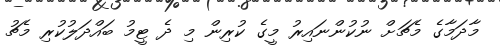
މާދަމާގެ މެޗަށް ނުކުންނައިރު މީގެ ކުރިން މި ދެ ޓީމު ބައްދަލުކުރި މެޗު